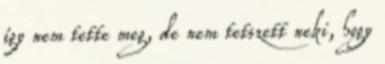
így nem tette meg, de nem tetszett neki, hogy